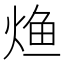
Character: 𰞳